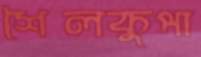
শৈলকুপা